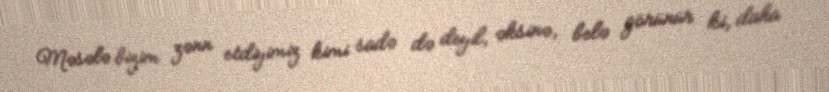
Məsələ bizim zənn etdiyimiz kimi sadə də deyil, əksinə, belə görünür ki, daha